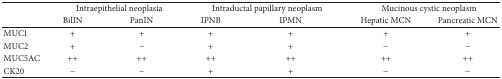
<table><thead><tr><td><b> </b></td><td colspan="2"><b>Intraepithelial neoplasia</b></td><td colspan="2"><b>Intraductal papillary neoplasm</b></td><td colspan="2"><b>Mucinous cystic neoplasm</b></td></tr><tr><td><b> </b></td><td><b>BilIN</b></td><td><b>PanIN</b></td><td><b>IPNB</b></td><td><b>IPMN</b></td><td><b>Hepatic MCN</b></td><td><b>Pancreatic MCN</b></td></tr></thead><tbody><tr><td>MUC1</td><td>+</td><td>+</td><td>+</td><td>+</td><td>+</td><td>+</td></tr><tr><td>MUC2</td><td>+</td><td>−</td><td>+</td><td>+</td><td>−</td><td>−</td></tr><tr><td>MUC5AC</td><td>++</td><td>++</td><td>++</td><td>++</td><td>++</td><td>++</td></tr><tr><td>CK20</td><td>−</td><td>−</td><td>+</td><td>+</td><td>−</td><td>−</td></tr></tbody></table>